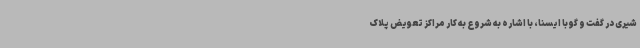
شیری در گفت و گو با ایسنا، با اشاره به شروع به کار مراکز تعویض پلاک